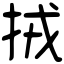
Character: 𢫨